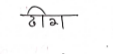
मजकूर: ढीग